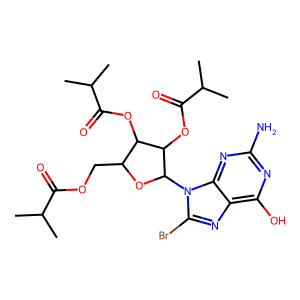
SMILES: CC(C)C(=O)OCC1OC(n2c(Br)nc3c(O)nc(N)nc32)C(OC(=O)C(C)C)C1OC(=O)C(C)C
Inhibits HIV replication: No